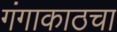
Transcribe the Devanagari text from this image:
गंगाकाठचा